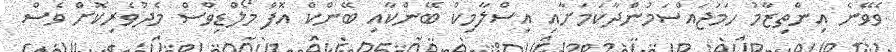
ވެވޭނެ އިންތިޒާމު ހަމަޖައްސަމުންދާކަމަށާއި އިސްލާމިކް ބޭންކާއި ބޭންކް އޮފް މޯލްޑިވްސް މެދުވެރިކޮށް ވެސް